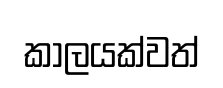
කාලයක්වත්